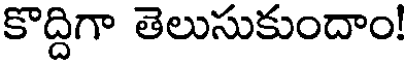
కొద్దిగా తెలుసుకుందాం!